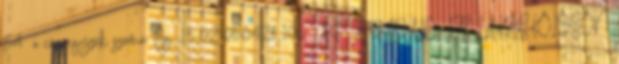
34 a cégjegyzék száma: Cg. 13-02-050428 106 ÁF. ÁTHIDALÓ- ÉS LAKÁSKÖLCSÖN